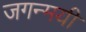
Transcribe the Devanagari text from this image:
जगन्मयी